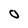
Character: O